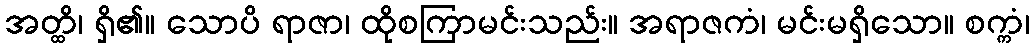
အတ္ထိ၊ ရှိ၏။ သောပိ ရာဇာ၊ ထိုစကြာမင်းသည်း။ အရာဇကံ၊ မင်းမရှိသော။ စက္ကံ၊